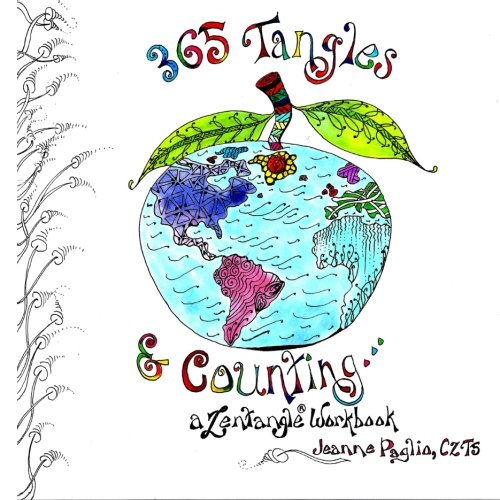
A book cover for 365 Tangles & Counting...: A Zentangle Workbook; Jeanne Paglio CZT5; Arts & Photography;